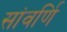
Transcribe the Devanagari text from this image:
सांवर्णि